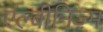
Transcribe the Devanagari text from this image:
एल्बीनिज़्म